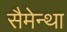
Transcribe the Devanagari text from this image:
सैमेन्था